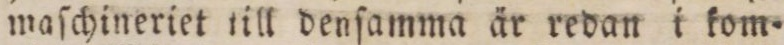
maſchineriet till denſamma är redan i kom=